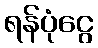
ရန်ပုံငွေ